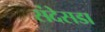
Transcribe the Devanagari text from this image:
संदेसडा